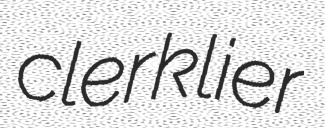
clerklier